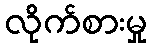
လိုက်စားမှု